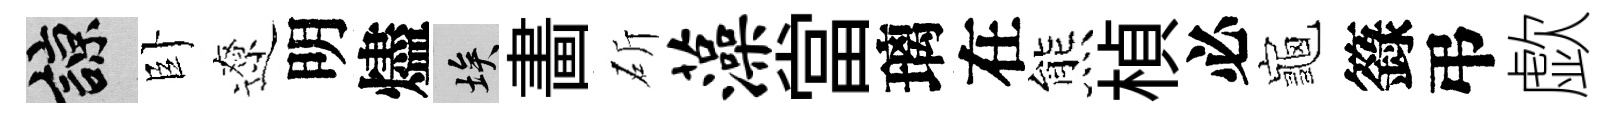
諒卧遼明燼埃畵斫藻當璃在熊楨必龜籙弔歔